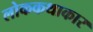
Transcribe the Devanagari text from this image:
लोककथाकार